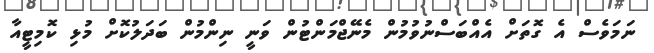
ނަމަވެސް އެ ގޮތަށް އެއްބަސްނުވުމުން މެނޭޖްމަންޓުން ވަނީ ނިންމުން ބަދަލުކޮށް މުޅި ކޮމިޓީއާ